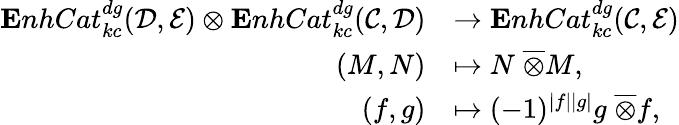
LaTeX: \begin{array}{rl}{{\mathbf EnhCat_{kc}^{dg}}({\mathcal{D}},{\mathcal{E}})\otimes{\mathbf EnhCat_{kc}^{dg}}({\mathcal{C}},{\mathcal{D}})}&{\rightarrow{\mathbf EnhCat_{kc}^{dg}}({\mathcal{C}},{\mathcal{E}})}\\ {(M,N)}&{\mapsto N{\; \overline{{\otimes}}}M,}\\ {(f,g)}&{\mapsto(-1)^{|f||g|}g{\; \overline{{\otimes}}}f,}\end{array}